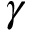
\gamma